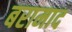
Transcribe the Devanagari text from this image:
बरामाद